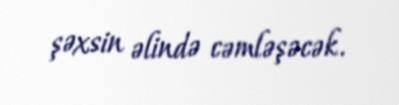
şəxsin əlində cəmləşəcək.